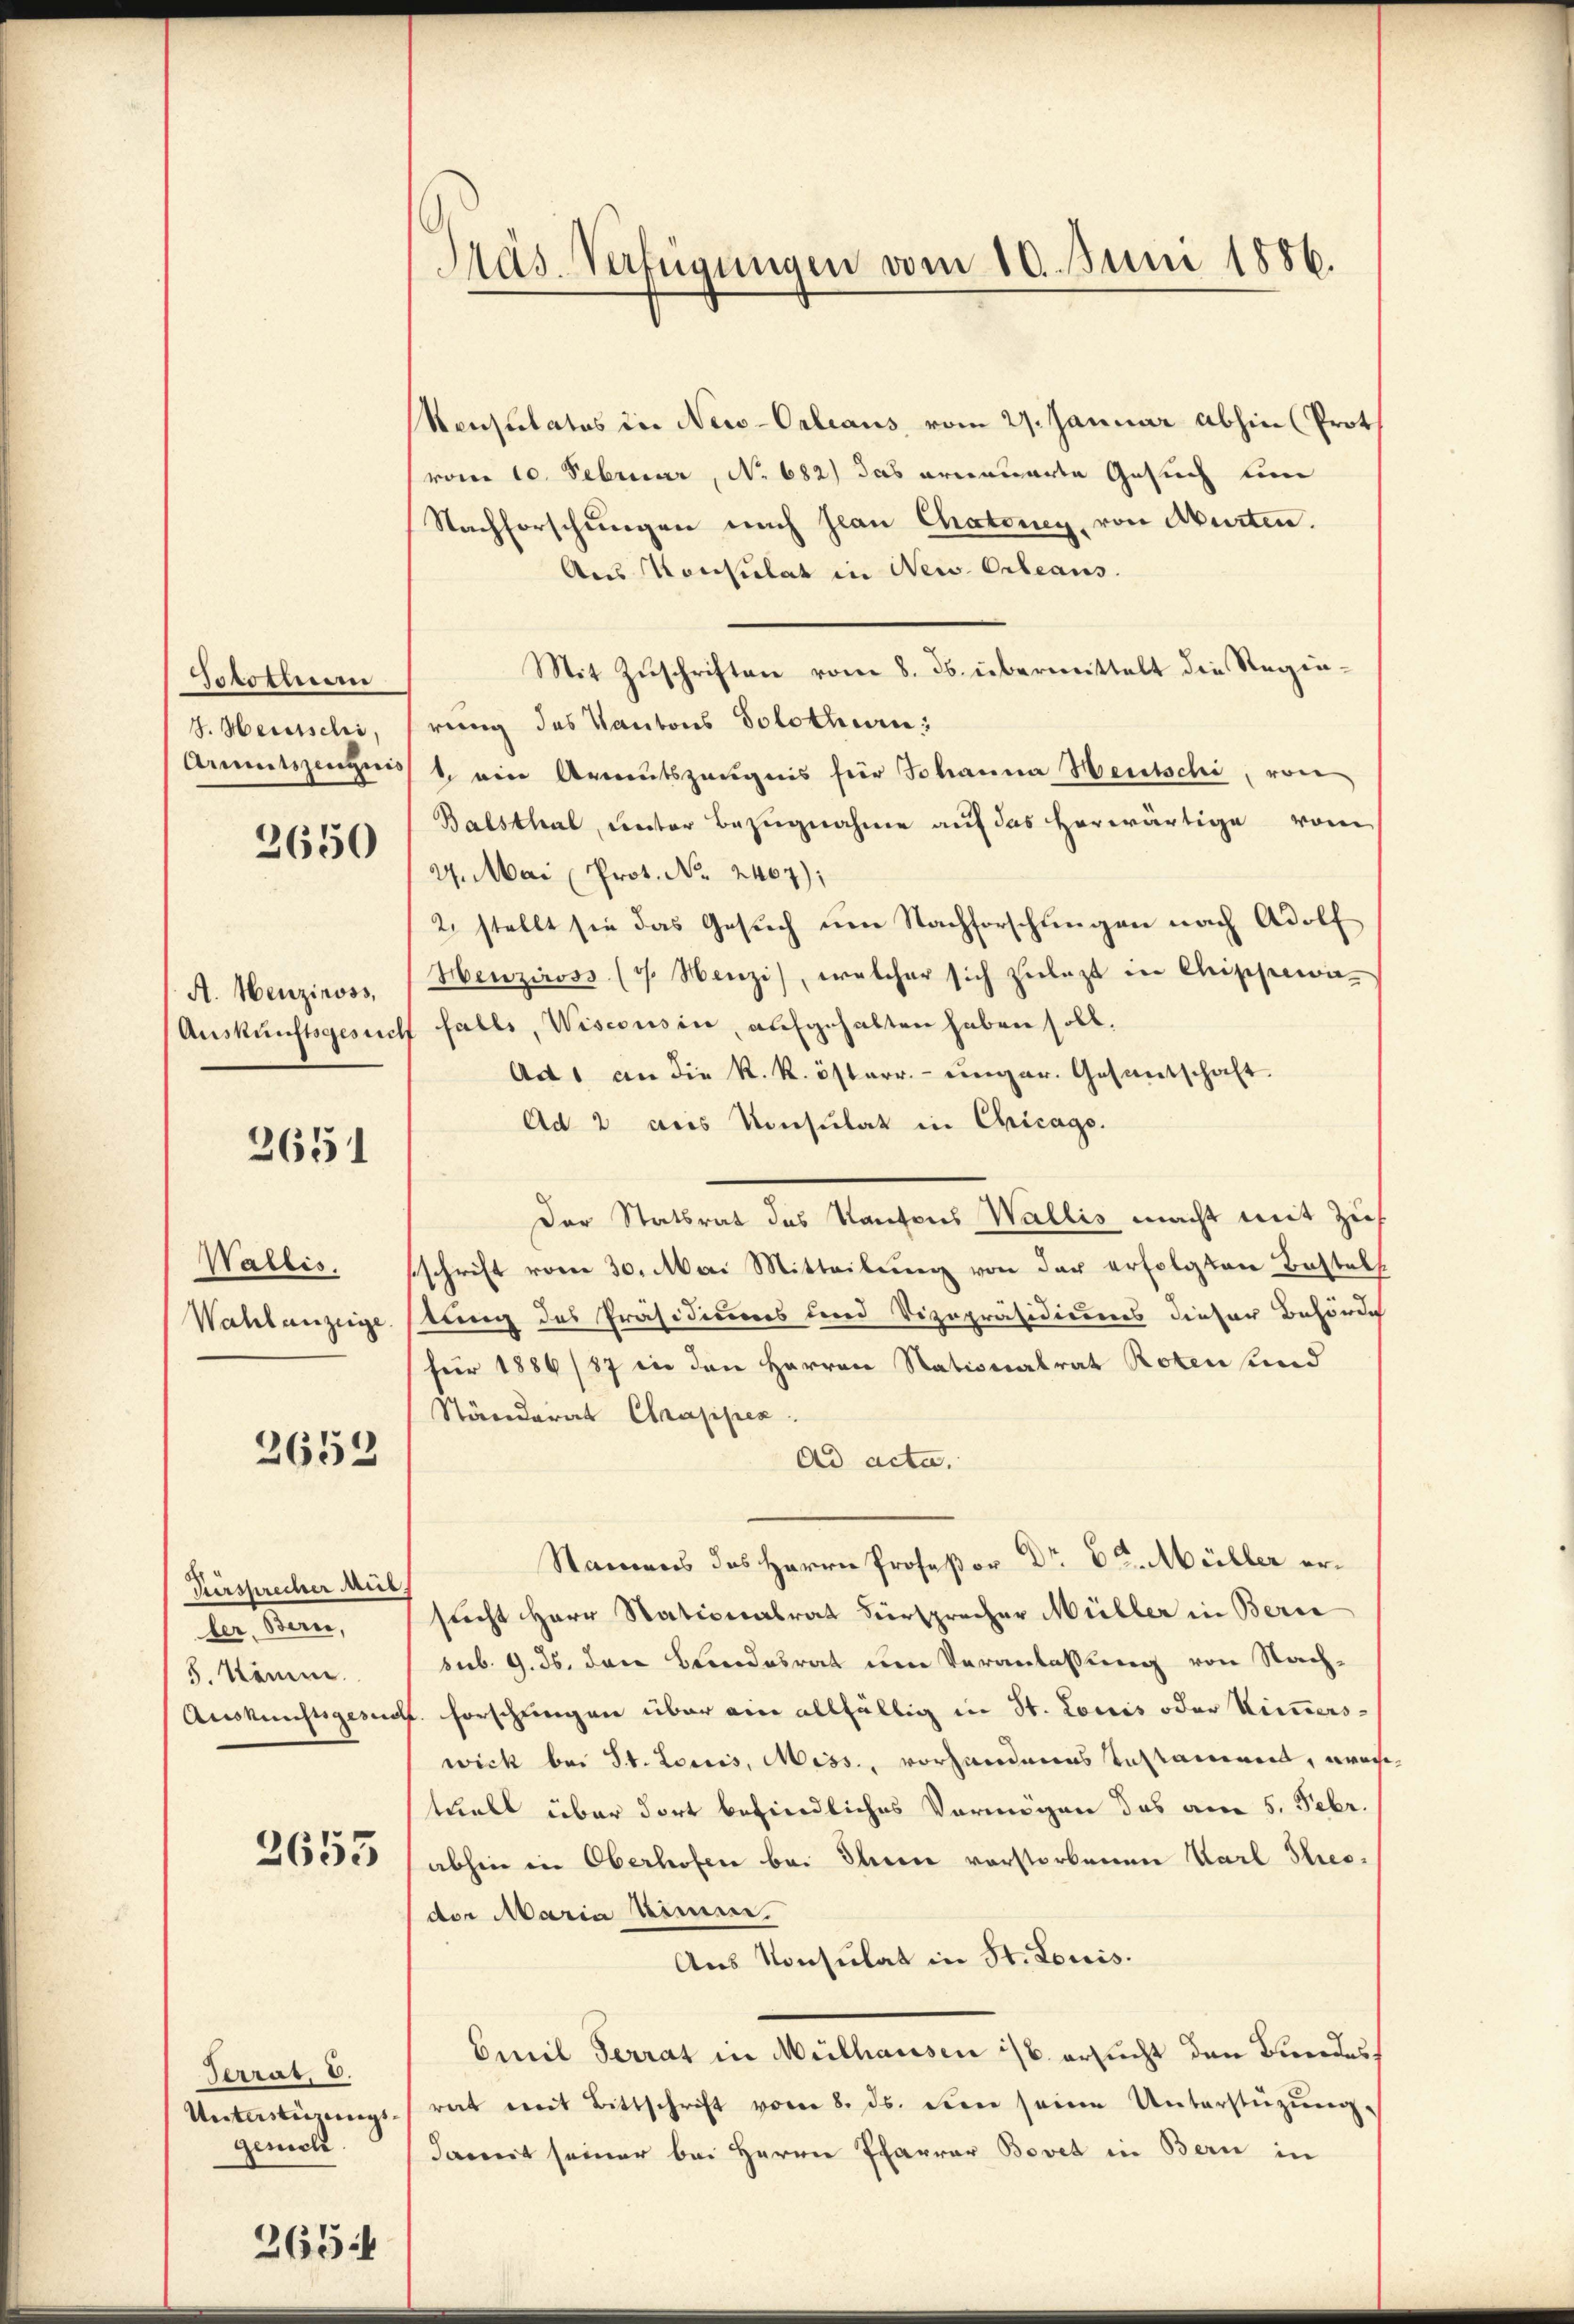
Tototiuan
4. Heutschi,

2650

A. Heuzinoss,

2651

Wallis,

2652

Zersprecher Mut,
ler. Bern,
5. Komm.

2653

Terrat, d.
genich

265

Reusslatos in New-Orleans, vom 29. Januar abhin (Prot
(vom 10. Februar, No. 682) das erneuerte Gesuch um
Nachforschungen nach Jean Chatoney, von Murten.
Aus Konsulat in New. Orleans
Mit Zŭschriften vom 8. ds. übermittelt die Regin-
rung des Kantons Solothurn;
Armutszeugnis 1. ein Armutszeŭgnis für Johanna Heutschi, von
Balsthal, unter Bezugnahme auf das herwärtige von
2. Mai (Prot. No. 2407);
2. stellt sie das Gesŭch ŭm Nachforschŭngen nach Adolf
Henziross (7 Henzi, welcher sich zulezt in Chischewa-
Auskunftsgesuch falls, Wiscousin, aufgehalten haben soll.
Ad 1 an die k. k. österr.- einger. Gesantschaft.
Ad 2 aus Konsulat in Chicago.
Der Statsrat des Kantons Wallis macht mit Zif
sschrift vom 30. Mai Mitteilung von der erfolgten Bestel¬
Wahlanzeige stung des Präsidiums und Vizepräsidiums dieser Behörde
für 1886/87 in den Herren Nationalrat Roten und
Ständerat Chrappen
Ad acta.
Namens des Herrn Profeßor Dr. St. Müller ersucht Herr Stationalrat Fürsprecher Müller in Beric
sub. 9. ds. den Bundesrat um Veranlassung von Nach-
Auskunftsgesucht. Forschungen über ein allfällig in St. Lowis oder immerswick bei St. Louis, Miss., vorhandenes Testament, wache
tuell über dort befindliches Vermögen das am 5. Febr.
abhin in Oberhofen bei Ihnen vorstorbenen Karl Theo-
der Maria Nimm.
Aus Konsulat in St. Louis.
Emil Terrat in Mülhausen ist ersucht den Bundes,
Untastirŭngsrat mit Bittschrift vom 8. ds. den seine Unterstützŭng.
damit seiner bei Herrn Pfarrer Bovet in Bern in

Präs. Verfügungen vom 10. Juni 1886.